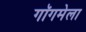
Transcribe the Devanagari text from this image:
गॉगमेला